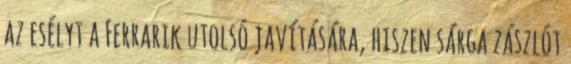
az esélyt a Ferrarik utolsó javítására, hiszen sárga zászlót